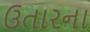
ઉતારના